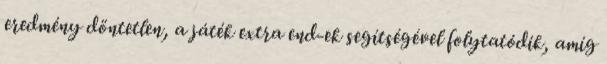
eredmény döntetlen, a játék extra end-ek segítségével folytatódik, amíg